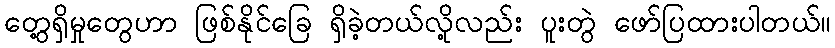
တွေ့ရှိမှုတွေဟာ ဖြစ်နိုင်ခြေ ရှိခဲ့တယ်လို့လည်း ပူးတွဲ ဖော်ပြထားပါတယ်။